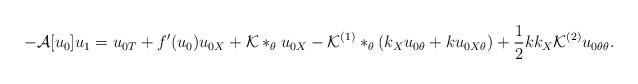
LaTeX: \begin{align*}-\mathcal{A}[u_{0}]u_{1} = u_{0T} + f'(u_{0})u_{0X} + \mathcal{K}*_{\theta}u_{0X} - \mathcal{K}^{(1)}*_{\theta}(k_{X}u_{0\theta} + ku_{0X\theta}) + \frac{1}{2}kk_{X}\mathcal{K}^{(2)}u_{0\theta\theta}.\end{align*}